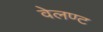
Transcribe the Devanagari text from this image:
वेलण्ट